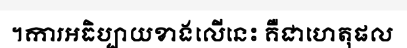
។ការអធិប្បាយខាងលើនេះ គឺជាហេតុផល